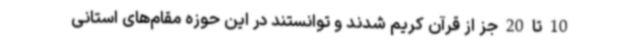
10 تا 20 جز از قرآن کریم شدند و توانستند در این حوزه مقام‌های استانی